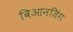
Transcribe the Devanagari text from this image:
बिआनजिंग